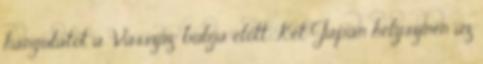
hangulatot a "Vasszűz" bulija előtt. Két Japán helyszí­nen az